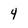
Character: 4